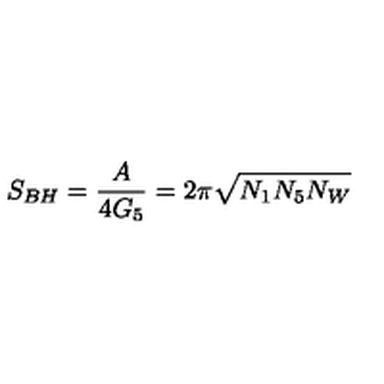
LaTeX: S _ { B H } = \frac { A } { 4 G _ { 5 } } = 2 \pi \sqrt { N _ { 1 } N _ { 5 } N _ { W } }